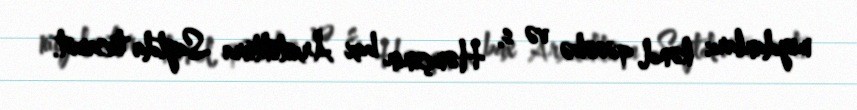
meydanları: kənd, qəsəbə və s. Həmçinin bax Arxitektura Saytda ticarət.